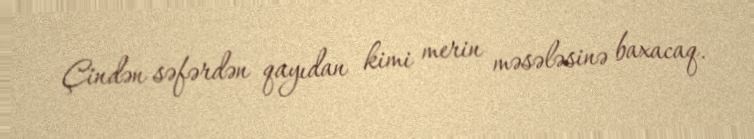
Çindən səfərdən qayıdan kimi merin məsələsinə baxacaq.